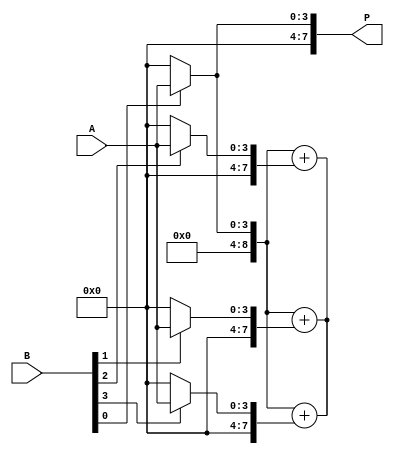
module array_multiplier #(
    parameter m = 4, // Width of A
    parameter n = 4  // Width of B
)(
    input [m-1:0] A, // m-bit input A
    input [n-1:0] B, // n-bit input B
    output [m+n-1:0] P // (m+n)-bit output P
);

    wire [m-1:0] partial_product [0:n-1]; // Array to hold partial products
    wire [m+n-1:0] sum [0:n-1]; // Array to hold the summed outputs for each row
    wire [m+n-1:0] carry; // Carry bits for addition
    
    // Generate partial products
    genvar i, j;
    generate
        for (i = 0; i < n; i = i + 1) begin: partial_product_gen
            assign partial_product[i] = (B[i] == 1'b1) ? A : 0; // Generate partial product
        end
    endgenerate

    // Initialize the sum array, where the first row is just the first partial product
    assign sum[0] = { {(m+n-1){1'b0}} , partial_product[0] }; // Align first partial product

    // Sum partial products
    generate
        for (i = 1; i < n; i = i + 1) begin: sum_gen
            assign sum[i] = { {(m+n-i-1){1'b0}} , partial_product[i] }; // Shift partial products
        end
    endgenerate

    // Main adder to combine all partial products
    wire [m+n:0] add_result; // Temporary result including carry
    assign add_result = sum[0]; // Start with the first sum

    generate
        for (i = 1; i < n; i = i + 1) begin: adder_block
            assign add_result = add_result + sum[i]; // Accumulate the sum of partial products
        end
    endgenerate

    // Assign the final product output
    assign P = add_result[m+n-1:0]; // Only take the relevant bits for the output

endmodule